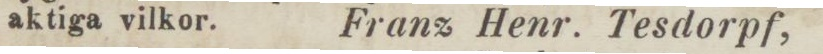
aktiga vilkor.    Franz Henr. Tesdorpf,